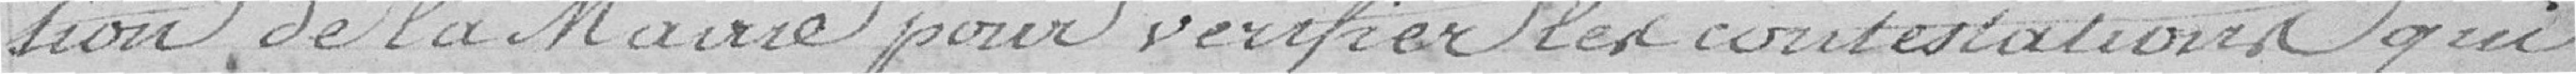
tion de la Mairie pour vérifier les contestations qui